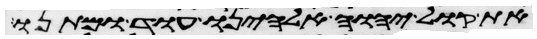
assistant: את קול יהוה אלהינו עוד ומתנו